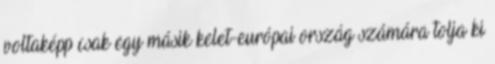
voltaképp csak egy másik kelet-európai ország számára tolja ki